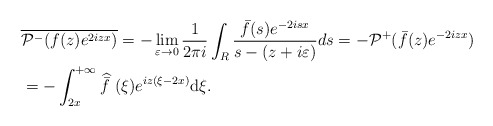
\begin{align*} & \overline{\mathcal{P}^- ( f(z) e^{ 2izx})} = -\lim_{\varepsilon \rightarrow 0}\frac{1}{2\pi i}\int_{R} \frac{ \bar{f}(s)e^{-2isx}}{s-(z+i\varepsilon)}ds = - \mathcal{P}^+ ( \bar f(z) e^{-2izx})\\ &=-\int_{2x}^{+\infty}\widehat{\bar{f}\ } (\xi)e^{iz(\xi-2x) } \mathrm{d}\xi. \end{align*}